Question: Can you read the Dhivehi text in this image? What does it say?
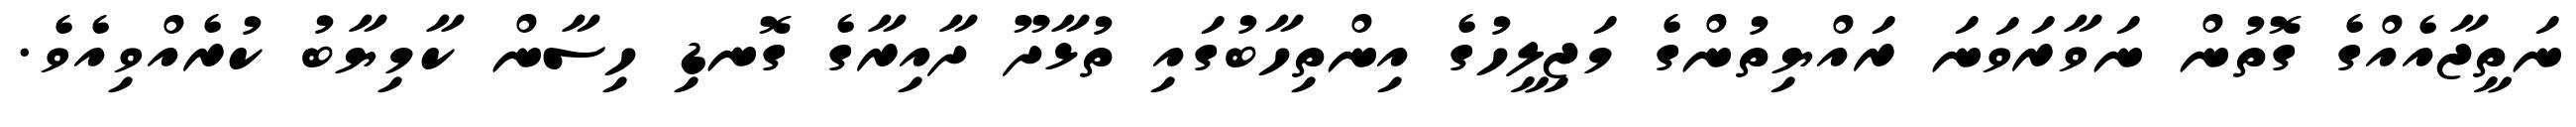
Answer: ނަތީޖާއެއްގެ ގޮތުން ނަވާރަވަނަ ރައްޔިތުންގެ މަޖިލީހުގެ އިންތިހާބުގައި ތުޅާދޫ ދާއިރާގެ ގޮނޑި ހިސާން ކާމިޔާބު ކުރެއްވިއެވެ.